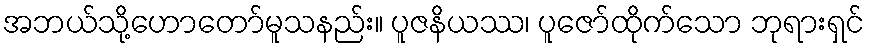
အဘယ်သို့ဟောတော်မူသနည်း။ ပူဇနိယဿ၊ ပူဇော်ထိုက်သော ဘုရားရှင်